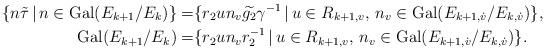
LaTeX: \begin{align*} \{ n \tilde{\tau} \,|\, n \in \mathrm{Gal}(E_{k+1}/E_k) \} =& \{ r_2 u n_v \widetilde{g_2} \gamma^{-1} \,|\, u \in R_{k+1,v}, \, n_v \in \mathrm{Gal}(E_{k+1,\dot{v}}/E_{k,\dot{v}}) \}, \\\mathrm{Gal}(E_{k+1}/E_k) =& \{ r_2 u n_v r_2^{-1} \,|\, u \in R_{k+1,v}, \, n_v \in \mathrm{Gal}(E_{k+1,\dot{v}}/E_{k,\dot{v}}) \}.\end{align*}